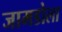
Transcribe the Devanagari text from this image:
जामडोला